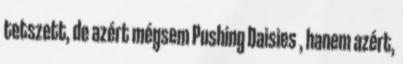
tetszett, de azért mégsem Pushing Daisies , hanem azért,